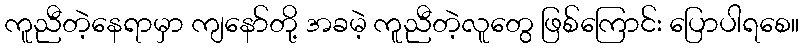
ကူညီတဲ့နေရာမှာ ကျနော်တို့ အခမဲ့ ကူညီတဲ့လူတွေ ဖြစ်ကြောင်း ပြောပါရစေ။